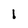
Character: 1